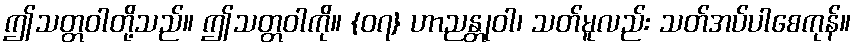
ဤသတ္တဝါတို့သည်။ ဤသတ္တဝါကို။ {၀၇} ဟာညန္တုဝါ၊ သတ်မူလည်း သတ်အပ်ပါစေကုန်။